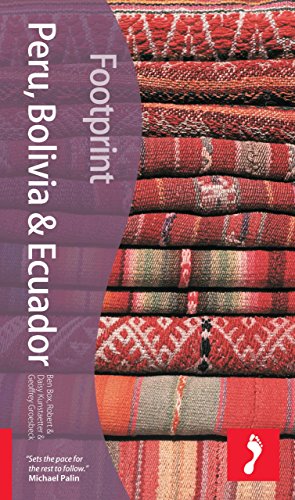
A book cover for Peru Bolivia & Ecuador, 2 (Footprint - Travel Guides); Ben Box; Travel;